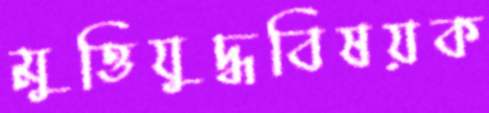
মুত্তিযুদ্ধবিষয়ক